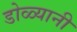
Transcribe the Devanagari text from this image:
डोळ्यानी